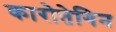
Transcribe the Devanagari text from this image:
कारोतेगिन